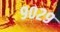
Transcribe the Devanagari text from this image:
९०२९